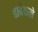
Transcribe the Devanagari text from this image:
ढाबेवाले